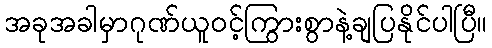
အခုအခါမှာဂုဏ်ယူဝင့်ကြွားစွာနဲ့ချပြနိုင်ပါပြီ။